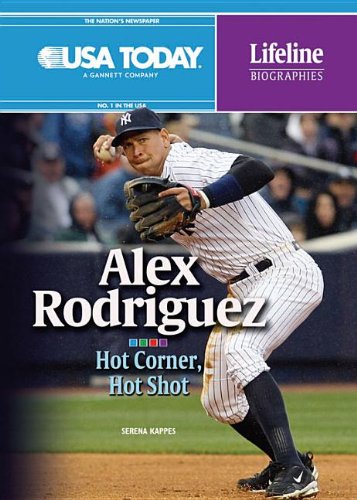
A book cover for Alex Rodriguez: Hot Corner, Hot Shot (USA Today Lifeline Biographies); Serena Kappes; Teen & Young Adult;